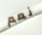
نعم